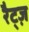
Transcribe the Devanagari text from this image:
रैट्ज़